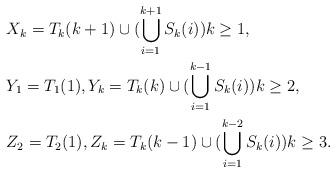
LaTeX: \begin{align*}&X_k=T_k(k+1)\cup (\bigcup_{i=1}^{k+1} S_k(i)) k\geq 1, \\&Y_1=T_1(1), Y_k=T_k(k)\cup (\bigcup_{i=1}^{k-1} S_k(i)) k\geq 2, \\&Z_2=T_2(1), Z_k=T_k(k-1)\cup( \bigcup_{i=1}^{k-2} S_k(i)) k\geq 3.\end{align*}